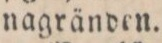
nagränden.